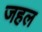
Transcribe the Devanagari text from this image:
जहल